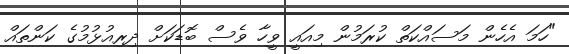
"ހަމަ އެހެން މަސައްކަތް ކުރަމުން މިއައީ ވީހާ ވެސް ބޮޑަކަށް ދިރިއުޅުމުގެ ކަންތައް